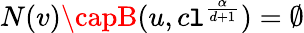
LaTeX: N(v)\capB(u,c\mathtt{l}^{\frac{{\alpha}}{{d+1}}})=\emptyset